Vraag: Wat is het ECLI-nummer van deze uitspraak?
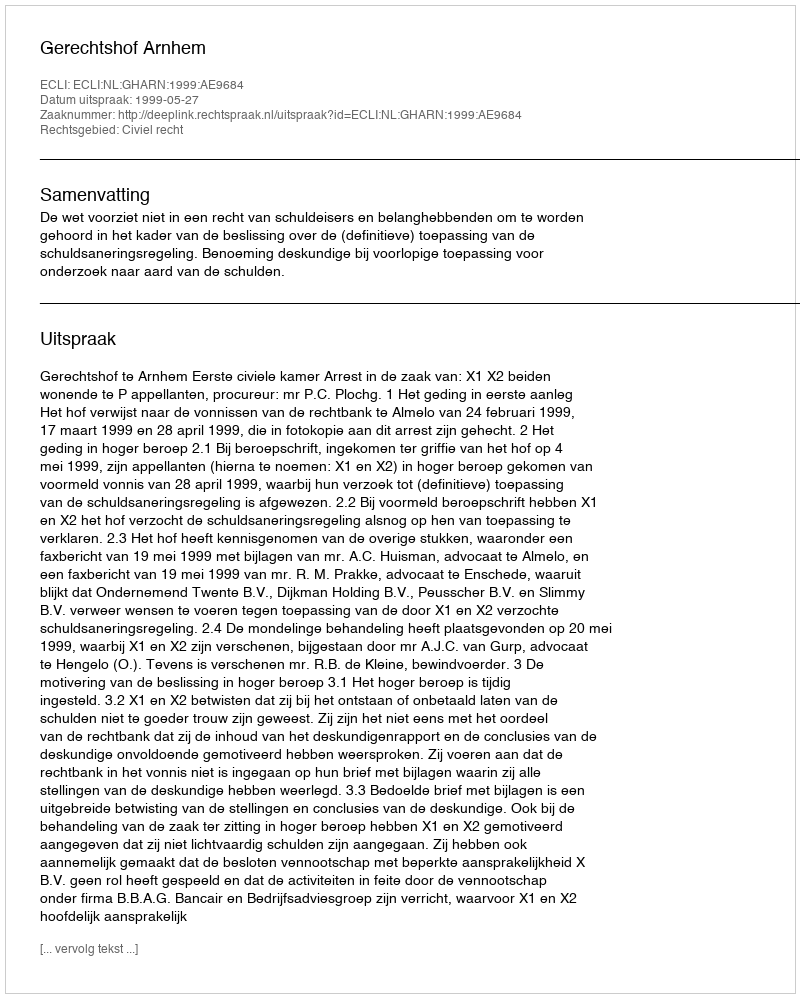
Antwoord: ECLI:NL:GHARN:1999:AE9684